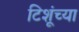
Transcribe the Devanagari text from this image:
टिशूंच्या